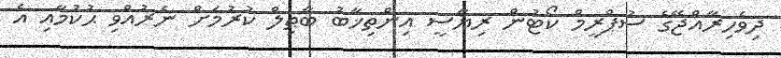
ދިވެހިރާއްޖޭގެ ސުޕްރީމް ކޯޓުން ރިޔާސީ އިންތިޚާބު ބާޠިލް ކުރުމަށް ނެރުއްވި ޙުކުމާއި އެ